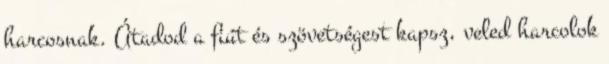
harcosnak. Átadod a fiút és szövetségest kapsz, veled harcolok